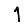
Digit: 1